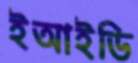
ইআইডি